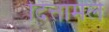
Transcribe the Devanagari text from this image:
दित्तामल